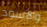
والأسود